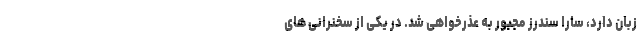
زبان دارد، سارا سندرز مجبور به عذرخواهی شد. در یکی از سخنرانی های